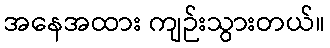
အနေအထား ကျဉ်းသွားတယ်။